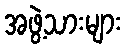
အဖွဲ့သားများ